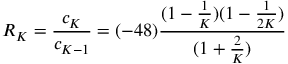
R _ { K } = \frac { c _ { K } } { c _ { K - 1 } } = ( - 4 8 ) \frac { ( 1 - \frac { 1 } { K } ) ( 1 - \frac { 1 } { 2 K } ) } { ( 1 + \frac { 2 } { K } ) }